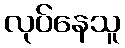
လုပ်နေသူ